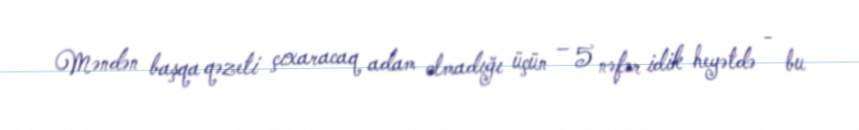
Məndən başqa qəzeti çıxaracaq adam olmadığı üçün – 5 nəfər idik heyətdə - bu